Civil Veterinary Dept. Bombay admin report 1907-1913 - 1907-1913
Year: 1907
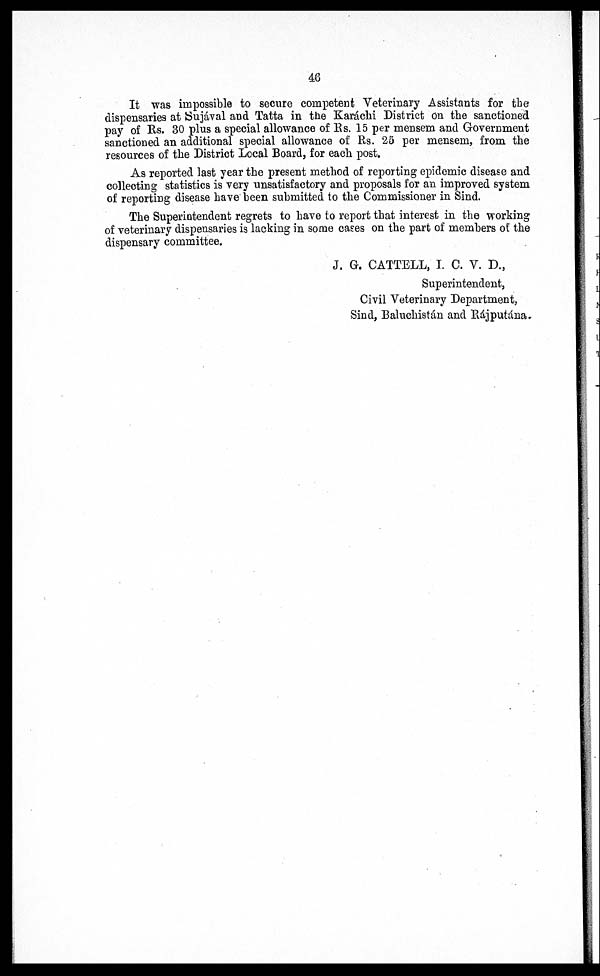
46
It was impossible to secure competent Veterinary Assistants for the
dispensaries at Sujával and Tatta in the Karachi District on the sanctioned
pay of Rs. 30 plus a special allowance of Rs. 15 per mensem and Government
sanctioned an additional special allowance of Rs. 25 per mensem, from the
resources of the District Local Board, for each post.
As reported last year the present method of reporting epidemic disease and
collecting statistics is very unsatisfactory and proposals for an improved system
of reporting disease have been submitted to the Commissioner in Sind.
The Superintendent regrets to have to report that interest in the working
of veterinary dispensaries is lacking in some cases on the part of members of the
dispensary committee.
J. G. CATTELL, I. C. V. D.,
Superintendent,
Civil Veterinary Department,
Sind, Baluchistán and Rájputána.